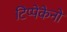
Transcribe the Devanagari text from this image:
टिप्पेकेनो